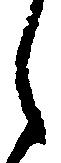
し